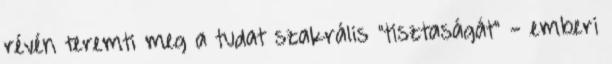
révén teremti meg a tudat szakrális "tisztaságát" - emberi